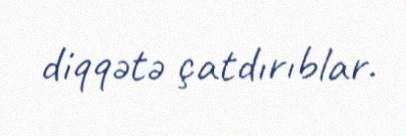
diqqətə çatdırıblar.